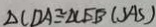
\Delta C D A \cong \Delta C E B ( S A S )